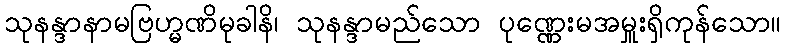
သုနန္ဒာနာမဗြဟ္မဏိမုခါနိ၊ သုနန္ဒာမည်သော ပုဏ္ဏေးမအမှူးရှိကုန်သော။